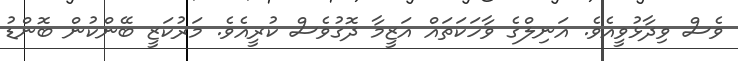
ވެސް ވިދާޅުވީއެވެ. އަނިލްގެ ވާހަކަތައް އަޒީމާ ދޮގުވެސް ކުރީއެވެ. މަރުކަޒީ ބޭންކުން ބޮންޑު